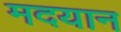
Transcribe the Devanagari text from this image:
मदयान